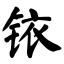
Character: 铱